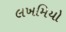
લખમિયો